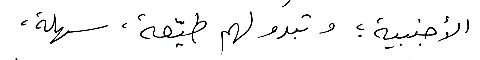
الأجنبية؛ وتبدو لهم طيّعة ، سهلة ،